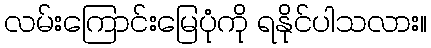
လမ်းကြောင်းမြေပုံကို ရနိုင်ပါသလား။